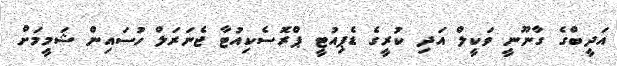
އަދީބްގެ ގާނޫނީ ވަކީލް އަދި ކުރީގެ ޑެޕިއުޓީ ޕްރޮސެކިއުޓާ ޖެނަރަލް ހުސައިން ޝަމީމަށް